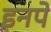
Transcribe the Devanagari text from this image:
इनपे